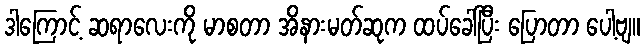
ဒါကြောင့် ဆရာလေးကို မာစတာ အိနားမတ်ဆုက ထပ်ခေါ်ပြီး ပြောတာ ပေါ့ဗျ။